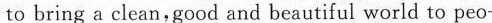
to bring a clean,good and beautiful world to peo-